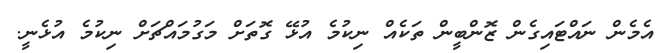
އެމެން ނައްޓައިގެން ޒޮންބީން ތަކެއް ނިކުމެ އުޅޭ ގޮތަށް މަގުމައްޗަށް ނިކުމެ އުޅެނީ.